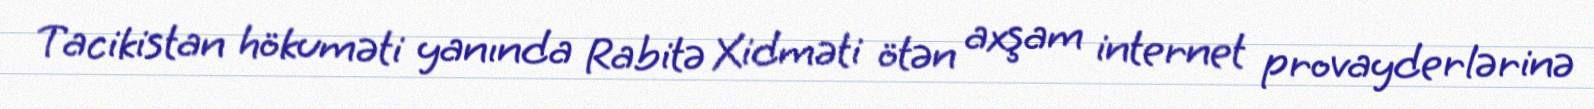
Tacikistan hökuməti yanında Rabitə Xidməti ötən axşam internet provayderlərinə